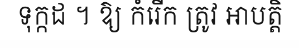
ទុក្កដ ។ ឱ្យ កំរើក ត្រូវ អាបត្តិ